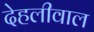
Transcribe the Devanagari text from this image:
देहलीवाल